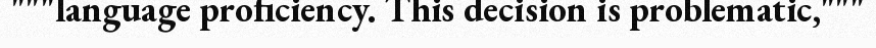
"""language proficiency. This decision is problematic,"""